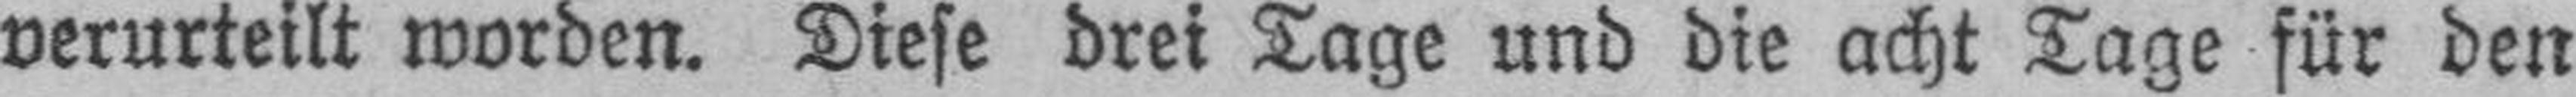
verurteilt worden. Diese drei Tage und die acht Tage für den